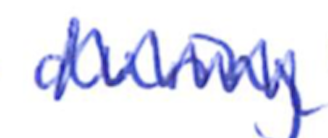
Text: during
Cross-out: zig-zag
Writing tool: ballpoint